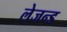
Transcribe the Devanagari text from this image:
लेजन्ड